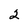
Character: 2